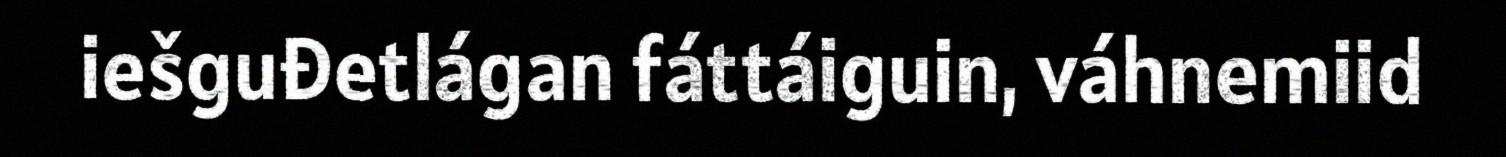
iešguđetlágan fáttáiguin, váhnemiid